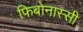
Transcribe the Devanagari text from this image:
फिबोनास्सी